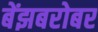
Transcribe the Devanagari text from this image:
बेंझबरोबर